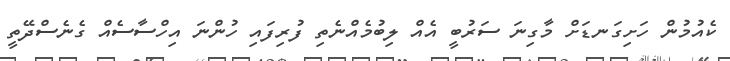
ކެއުމުން ހަށިގަނޑަށް މާގިނަ ސަރުބީ އެއް ލިބުމެއްނެތި ފުރިފައި ހުންނަ އިހްސާސެއް ގެނެސްދޭތީ